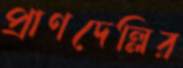
প্রাণদেল্লির